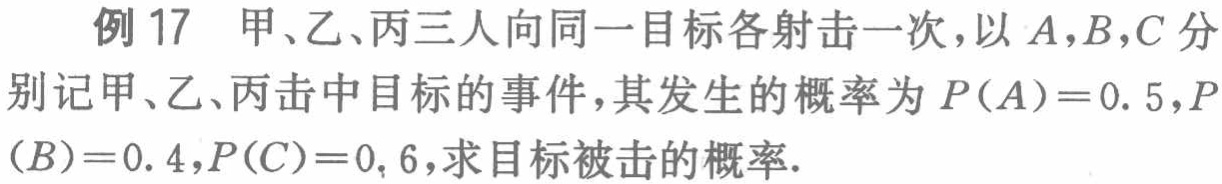
例 17 甲、乙、丙三人向同一目标各射击一次，以 \(A,B,C\) 分别记甲、乙、丙击中目标的事件，其发生的概率为 \(P(A)=0.5,P(B)=0.4,P(C)=0.6\)，求目标被击的概率.